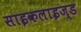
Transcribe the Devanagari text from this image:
साइकलाइज्ड